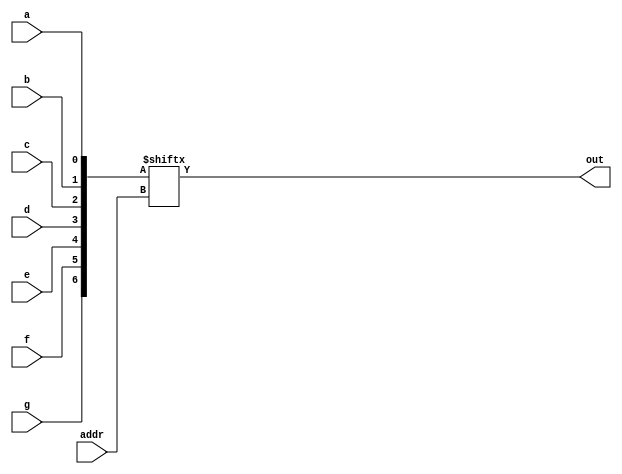
module mux7to1(a, b, c, d, e, f, g, addr, out);
	
	input a, b, c, d, e, f, g;		
	input	[2:0] addr;
	
	output out;
	
	wire [6:0] in_vec = {g, f, e, d, c, b, a};

	assign out = in_vec[addr];

endmodule